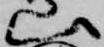
山